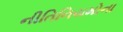
નીતિનિયમોના